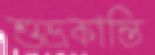
শুভ্রকান্তি